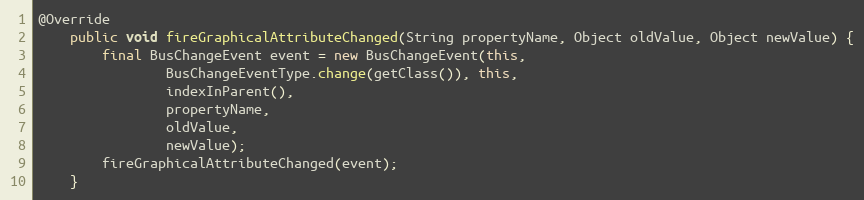
Language: Java
@Override
	public void fireGraphicalAttributeChanged(String propertyName, Object oldValue, Object newValue) {
		final BusChangeEvent event = new BusChangeEvent(this,
				BusChangeEventType.change(getClass()), this,
				indexInParent(),
				propertyName,
				oldValue,
				newValue);
		fireGraphicalAttributeChanged(event);
	}